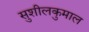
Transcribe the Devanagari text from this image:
सुशीलकुमाल